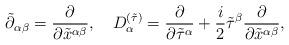
LaTeX: \begin{align*}\tilde{\partial}{}_{\alpha \beta} = \frac{\partial}{\partial{\tilde{x}^{\alpha \beta}}},\quad D^{(\tilde{\tau})}_{\alpha} = \frac{\partial}{\partial \tilde{\tau}^{\alpha}} + \frac{i}{2}\tilde{\tau}^{\beta}\frac{\partial}{\partial{\tilde{x}^{\alpha \beta}}},\end{align*}